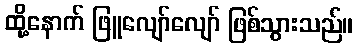
ထို့နောက် ဖြူလျော်လျော် ဖြစ်သွားသည်။